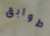
طوابق